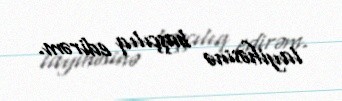
layihəsinə başçılıq edirəm.